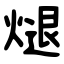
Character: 煺